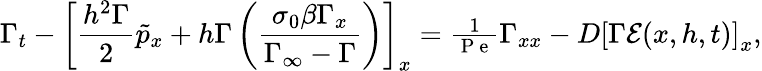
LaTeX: \Gamma_{t}-\left[\frac{h^{2}\Gamma}{2}\tilde{p}_{x}+{h\Gamma}\left(\frac{\sigma_{0}\beta\Gamma_{x}}{\Gamma_{\infty}-\Gamma}\right)\right]_{x}={\textstyle\frac{1}{\mathrm{~P~e~}}}\Gamma_{xx}-D\left[\Gamma\mathcal{E}(x,h,t)\right]_{x},